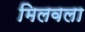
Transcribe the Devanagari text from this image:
मिलवला